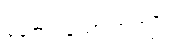
ပူဇော်ရသော အကျိုး။